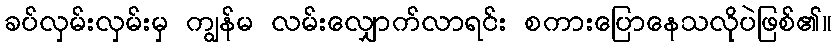
ခပ်လှမ်းလှမ်းမှ ကျွန်မ လမ်းလျှောက်လာရင်း စကားပြောနေသလိုပဲဖြစ်၏။